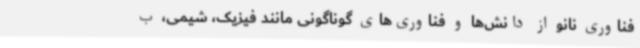
فناوری نانو از دانش‌ها و فناوری‌های گوناگونی مانند فیزیک، شیمی، ب